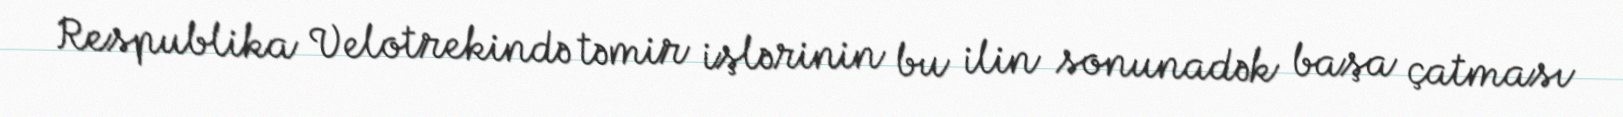
Respublika Velotrekində təmir işlərinin bu ilin sonunadək başa çatması